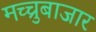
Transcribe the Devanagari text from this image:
मच्चुबाजार